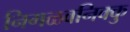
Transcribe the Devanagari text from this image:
निगळवनिक्कु